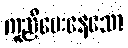
ကူညီပေးနေသော